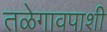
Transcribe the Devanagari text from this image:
तळेगावपाशी